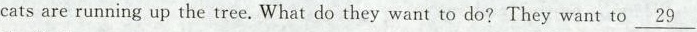
cats are running up the tree. What do they want to do? They want to \underline{29}